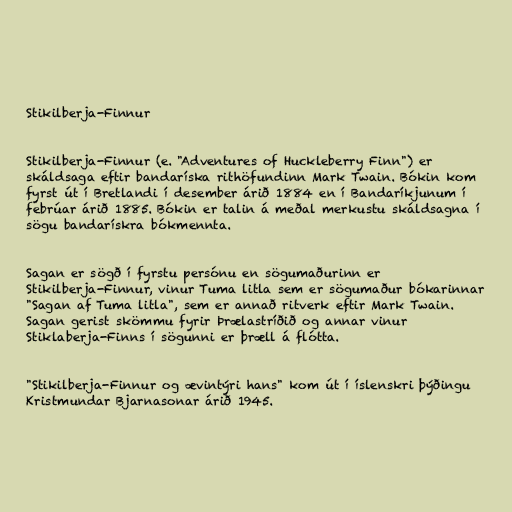
Stikilberja-Finnur

Stikilberja-Finnur (e. "Adventures of Huckleberry Finn") er
skáldsaga eftir bandaríska rithöfundinn Mark Twain. Bókin kom
fyrst út í Bretlandi í desember árið 1884 en í Bandaríkjunum í
febrúar árið 1885. Bókin er talin á meðal merkustu skáldsagna í
sögu bandarískra bókmennta.

Sagan er sögð í fyrstu persónu en sögumaðurinn er
Stikilberja-Finnur, vinur Tuma litla sem er sögumaður bókarinnar
"Sagan af Tuma litla", sem er annað ritverk eftir Mark Twain.
Sagan gerist skömmu fyrir Þrælastríðið og annar vinur
Stiklaberja-Finns í sögunni er þræll á flótta.

"Stikilberja-Finnur og ævintýri hans" kom út í íslenskri þýðingu
Kristmundar Bjarnasonar árið 1945.